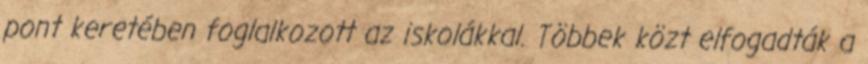
pont keretében foglalkozott az iskolákkal. Többek közt elfogadták a